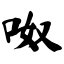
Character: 呶